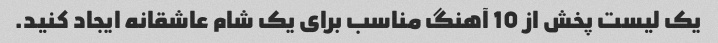
یک لیست پخش از 10 آهنگ مناسب برای یک شام عاشقانه ایجاد کنید.